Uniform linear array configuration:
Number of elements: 16
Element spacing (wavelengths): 0.75
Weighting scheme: hamming
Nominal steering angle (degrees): -45
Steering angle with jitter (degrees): -45.708
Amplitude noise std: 0.05
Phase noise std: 0.05

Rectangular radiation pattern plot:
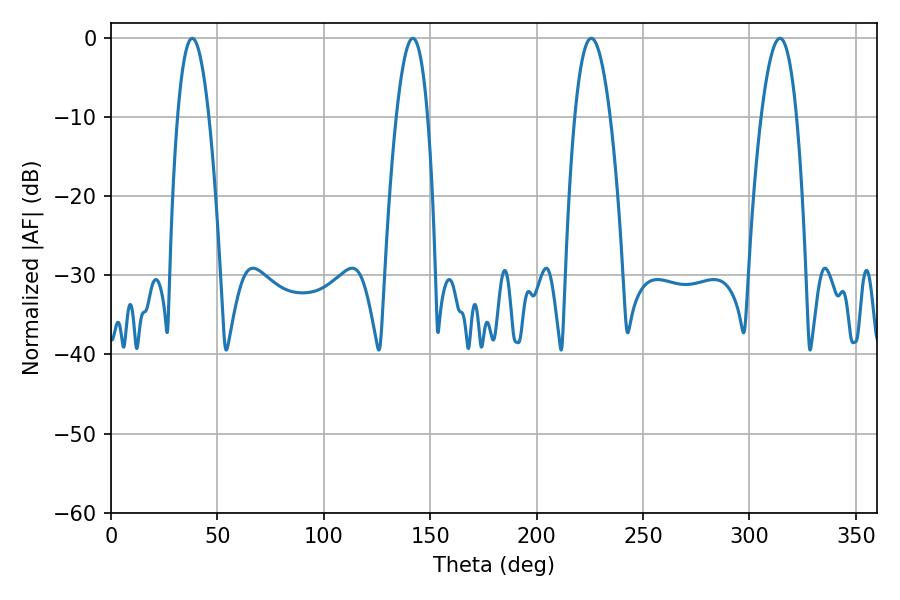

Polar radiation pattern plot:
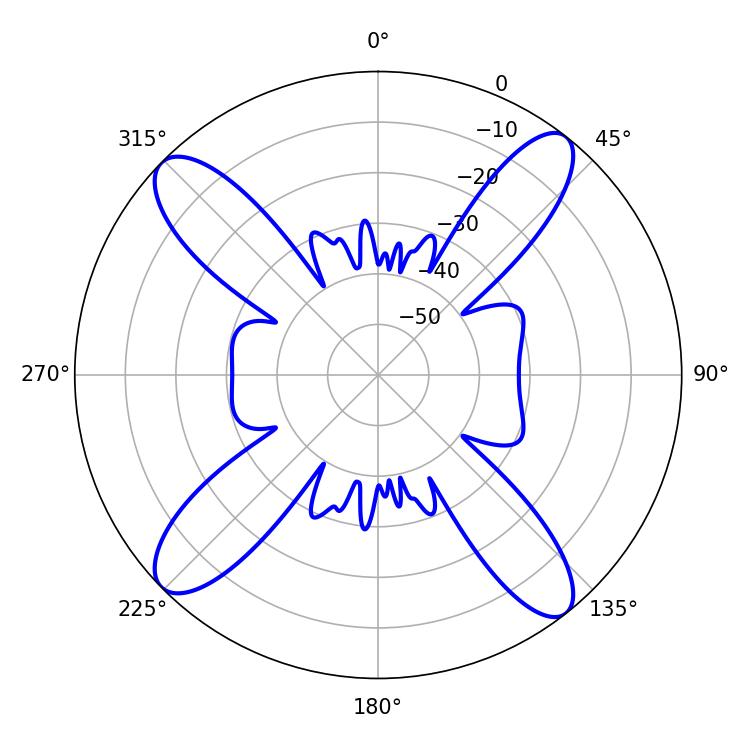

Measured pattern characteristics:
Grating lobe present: TRUE
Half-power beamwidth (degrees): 8.1
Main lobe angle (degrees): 38.16